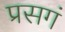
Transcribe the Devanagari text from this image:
प्रसगं